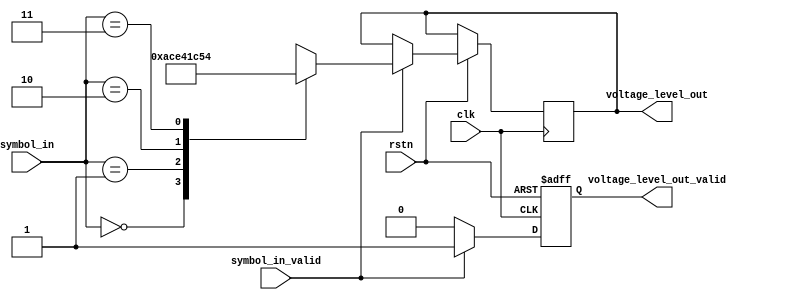
module pam_4_encode #(
    parameter SIGNAL_RESOLUTION = 8,
    parameter SYMBOL_SEPERATION = 56)(
    input clk,
    input rstn,
    input [1:0] symbol_in,
    input symbol_in_valid,
    output reg [SIGNAL_RESOLUTION-1:0] voltage_level_out, //128 to -127 as signed int
    output reg voltage_level_out_valid = 0);

    always @ (posedge clk  or negedge rstn) begin
        if (!rstn) begin
            voltage_level_out_valid <= 0;
        end else begin
            if (symbol_in_valid) begin
                case(symbol_in)
                    2'b00: voltage_level_out <= -'d84;
                    2'b01: voltage_level_out <= -'d28;
                    2'b10: voltage_level_out <= 'd28;
                    2'b11: voltage_level_out <= 'd84;
                endcase
                voltage_level_out_valid <= 1;
            end else begin
                voltage_level_out_valid <= 0; // To align with previous valid signal in order to convert back to binary data
            end
        end
    end
endmodule